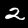
Digit: 2